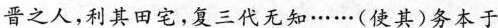
晋之人，利其田宅，复三代无知······(使其)务本于